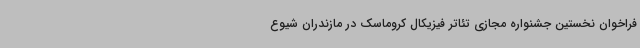
فراخوان نخستین جشنواره مجازی تئاتر فیزیکال کروماسک در مازندران شیوع